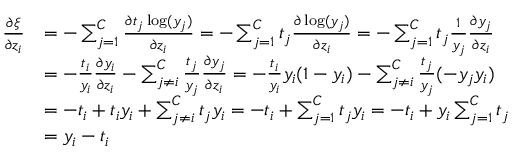
\begin{array} { r l } { \frac { \partial \xi } { \partial z _ { i } } } & { = - \sum _ { j = 1 } ^ { C } \frac { \partial t _ { j } \log ( y _ { j } ) } { \partial z _ { i } } = - \sum _ { j = 1 } ^ { C } t _ { j } \frac { \partial \log ( y _ { j } ) } { \partial z _ { i } } = - \sum _ { j = 1 } ^ { C } t _ { j } \frac { 1 } { y _ { j } } \frac { \partial y _ { j } } { \partial z _ { i } } } \\ & { = - \frac { t _ { i } } { y _ { i } } \frac { \partial y _ { i } } { \partial z _ { i } } - \sum _ { j \neq i } ^ { C } \frac { t _ { j } } { y _ { j } } \frac { \partial y _ { j } } { \partial z _ { i } } = - \frac { t _ { i } } { y _ { i } } y _ { i } ( 1 - y _ { i } ) - \sum _ { j \neq i } ^ { C } \frac { t _ { j } } { y _ { j } } ( - y _ { j } y _ { i } ) } \\ & { = - t _ { i } + t _ { i } y _ { i } + \sum _ { j \neq i } ^ { C } t _ { j } y _ { i } = - t _ { i } + \sum _ { j = 1 } ^ { C } t _ { j } y _ { i } = - t _ { i } + y _ { i } \sum _ { j = 1 } ^ { C } t _ { j } } \\ & { = y _ { i } - t _ { i } } \end{array}